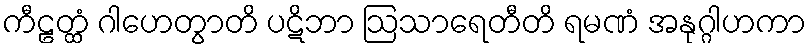
ကီဠတ္ထံ ဂါဟေတွာတိ ပဋိဘာ ဩသာရေတီတိ ရမဏံ အနုဂ္ဂါဟကာ